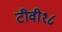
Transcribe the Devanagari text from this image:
टीवी१८